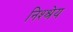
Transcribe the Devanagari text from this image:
निश्श्रेय